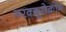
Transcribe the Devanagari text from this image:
मरक्यूरोक्रोम